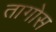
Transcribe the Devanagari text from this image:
तागोस